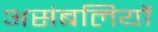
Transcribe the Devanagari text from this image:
असंबलियों